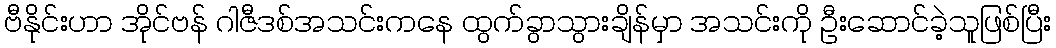
ဗီနိုင်းဟာ အိုင်ဗန် ဂါဇီဒစ်အသင်းကနေ ထွက်ခွာသွားချိန်မှာ အသင်းကို ဦးဆောင်ခဲ့သူဖြစ်ပြီး